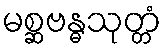
မစ္ဆဗန္ဓသုတ္တံ